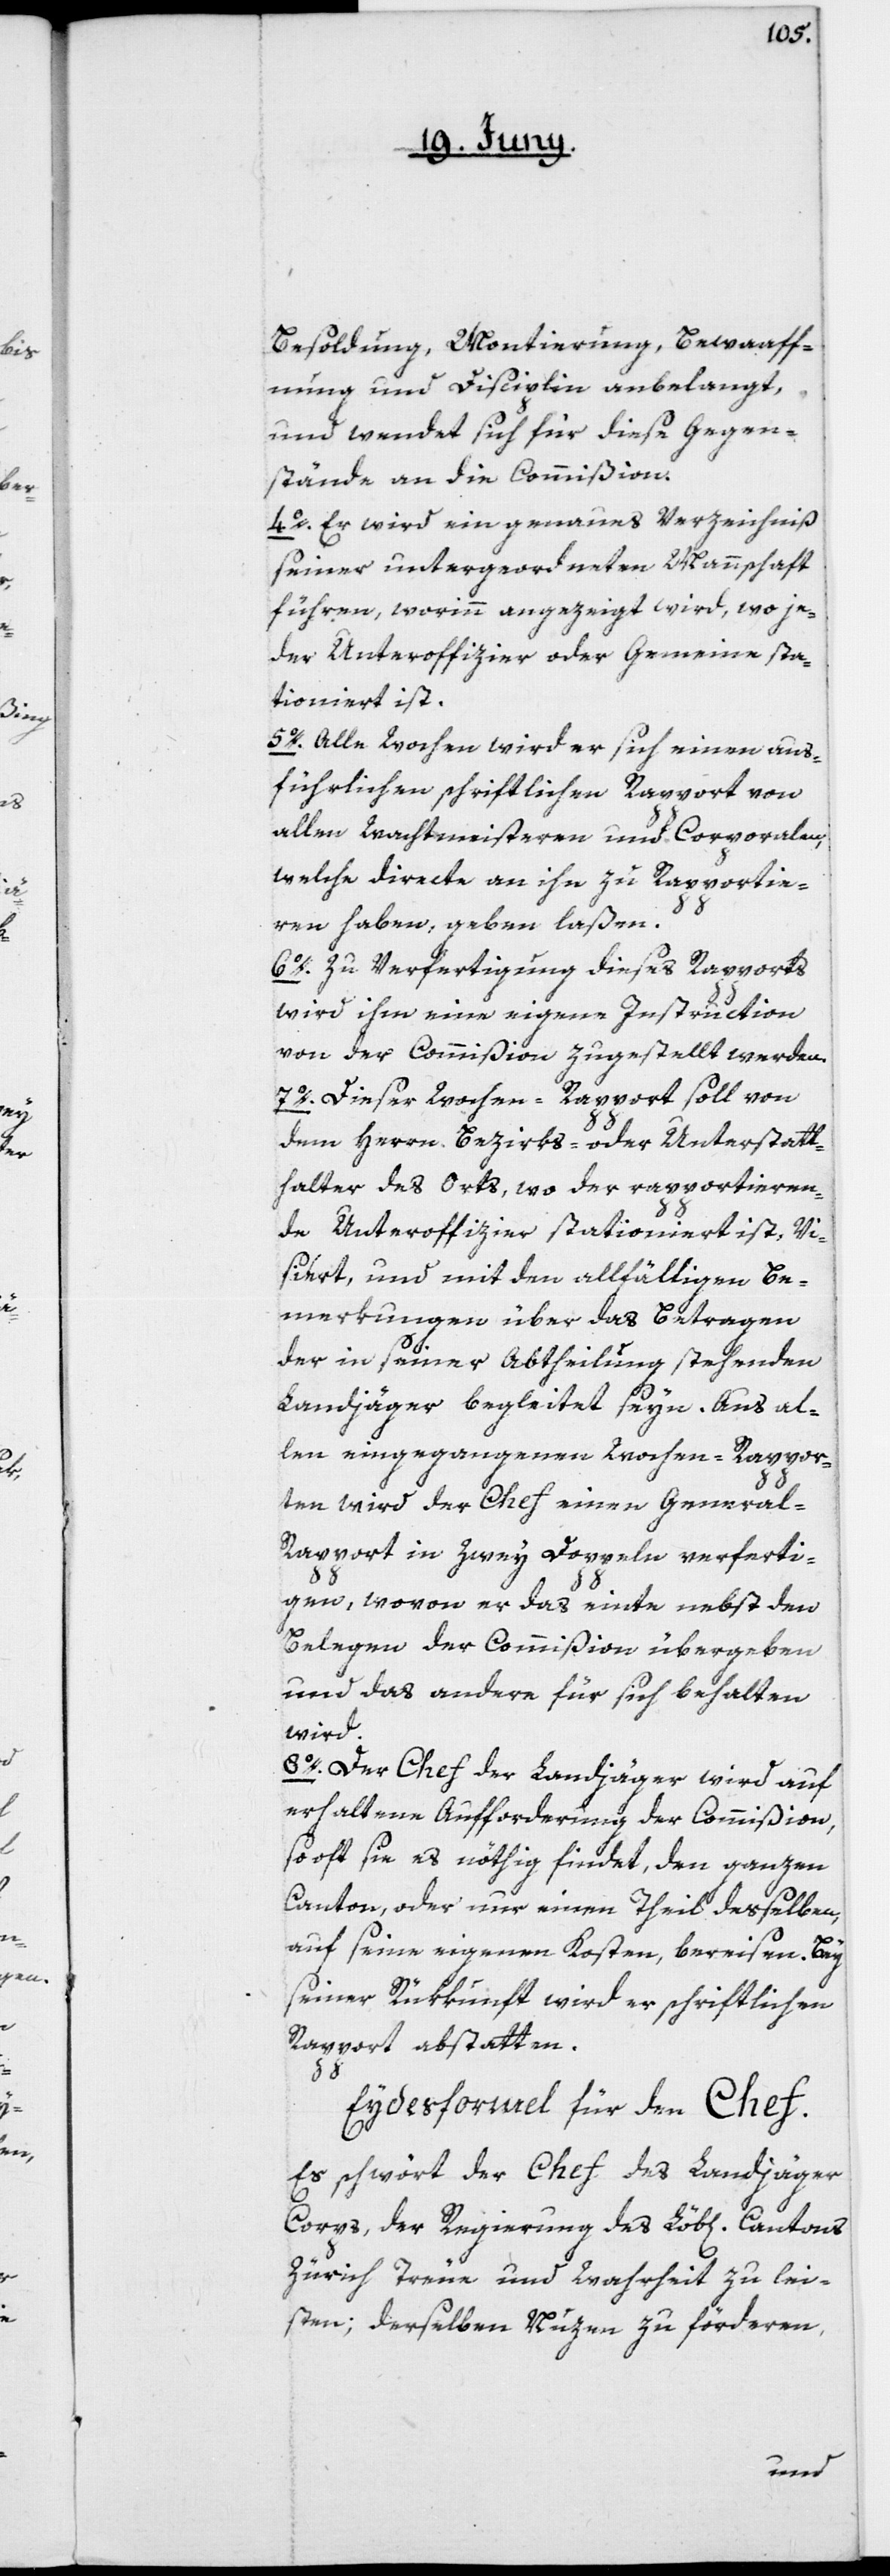
Besoldung, Montierung, Bewaaff¬
nung und Disciplin anbelangt,
und wendet sich für diese Gegen¬
stände an die Commißion.
4o. Er wird ein genaues Verzeichniß
seiner untergeordneten Mannschaft
führen, worinn angezeigt wird, wo je¬
der Unteroffizier oder Gemeine sta¬
tioniert ist.
5o. Alle Wochen wird er sich einen aus¬
führlichen schriftlichen Rapport von
allen Wachtmeisteren und Corporalen,
welche directe an ihn zu Rapportie¬
ren haben, geben laßen.
6o. Zu Verfertigung dieses Rapports
wird ihm eine eigene Instruction
von der Commißion zugestellt werden.
7o. Dieser Wochen-Rapport soll von
dem Herrn Bezirks- oder Unterstatt¬
halter des Orts, wo der rapportieren¬
de Unteroffizier stationiert ist, vi¬
siert, und mit den allfälligen Be¬
merkungen über das Betragen
der in seiner Abtheilung stehenden
Landjäger begleitet seyn. Aus al¬
len eingegangenen Wochen-Rappor¬
ten wird der Chef einen General-R¬
apport in zwey Doppeln verferti¬
gen, wovon er das einte nebst den
Belegen der Commißion übergeben
und das andere für sich behalten
wird.
8o. Der Chef der Landjäger wird auf
erhaltene Aufforderung der Commißion,
so oft sie es nöthig findet, den ganzen
Canton, oder nur einen Theil desselben,
auf seine eigenen Kosten, bereisen. Bey
seiner Rükkunft wird er schriftlichen
Rapport abstatten.
Eydesformel für den Chef.
Es schwört der Chef des Landjäger
Corps, der Regierung des Löb[lichen] Cantons
Zürich Treue und Wahrheit zu lei¬
sten; derselben Nuzen zu förderen,